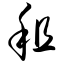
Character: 租